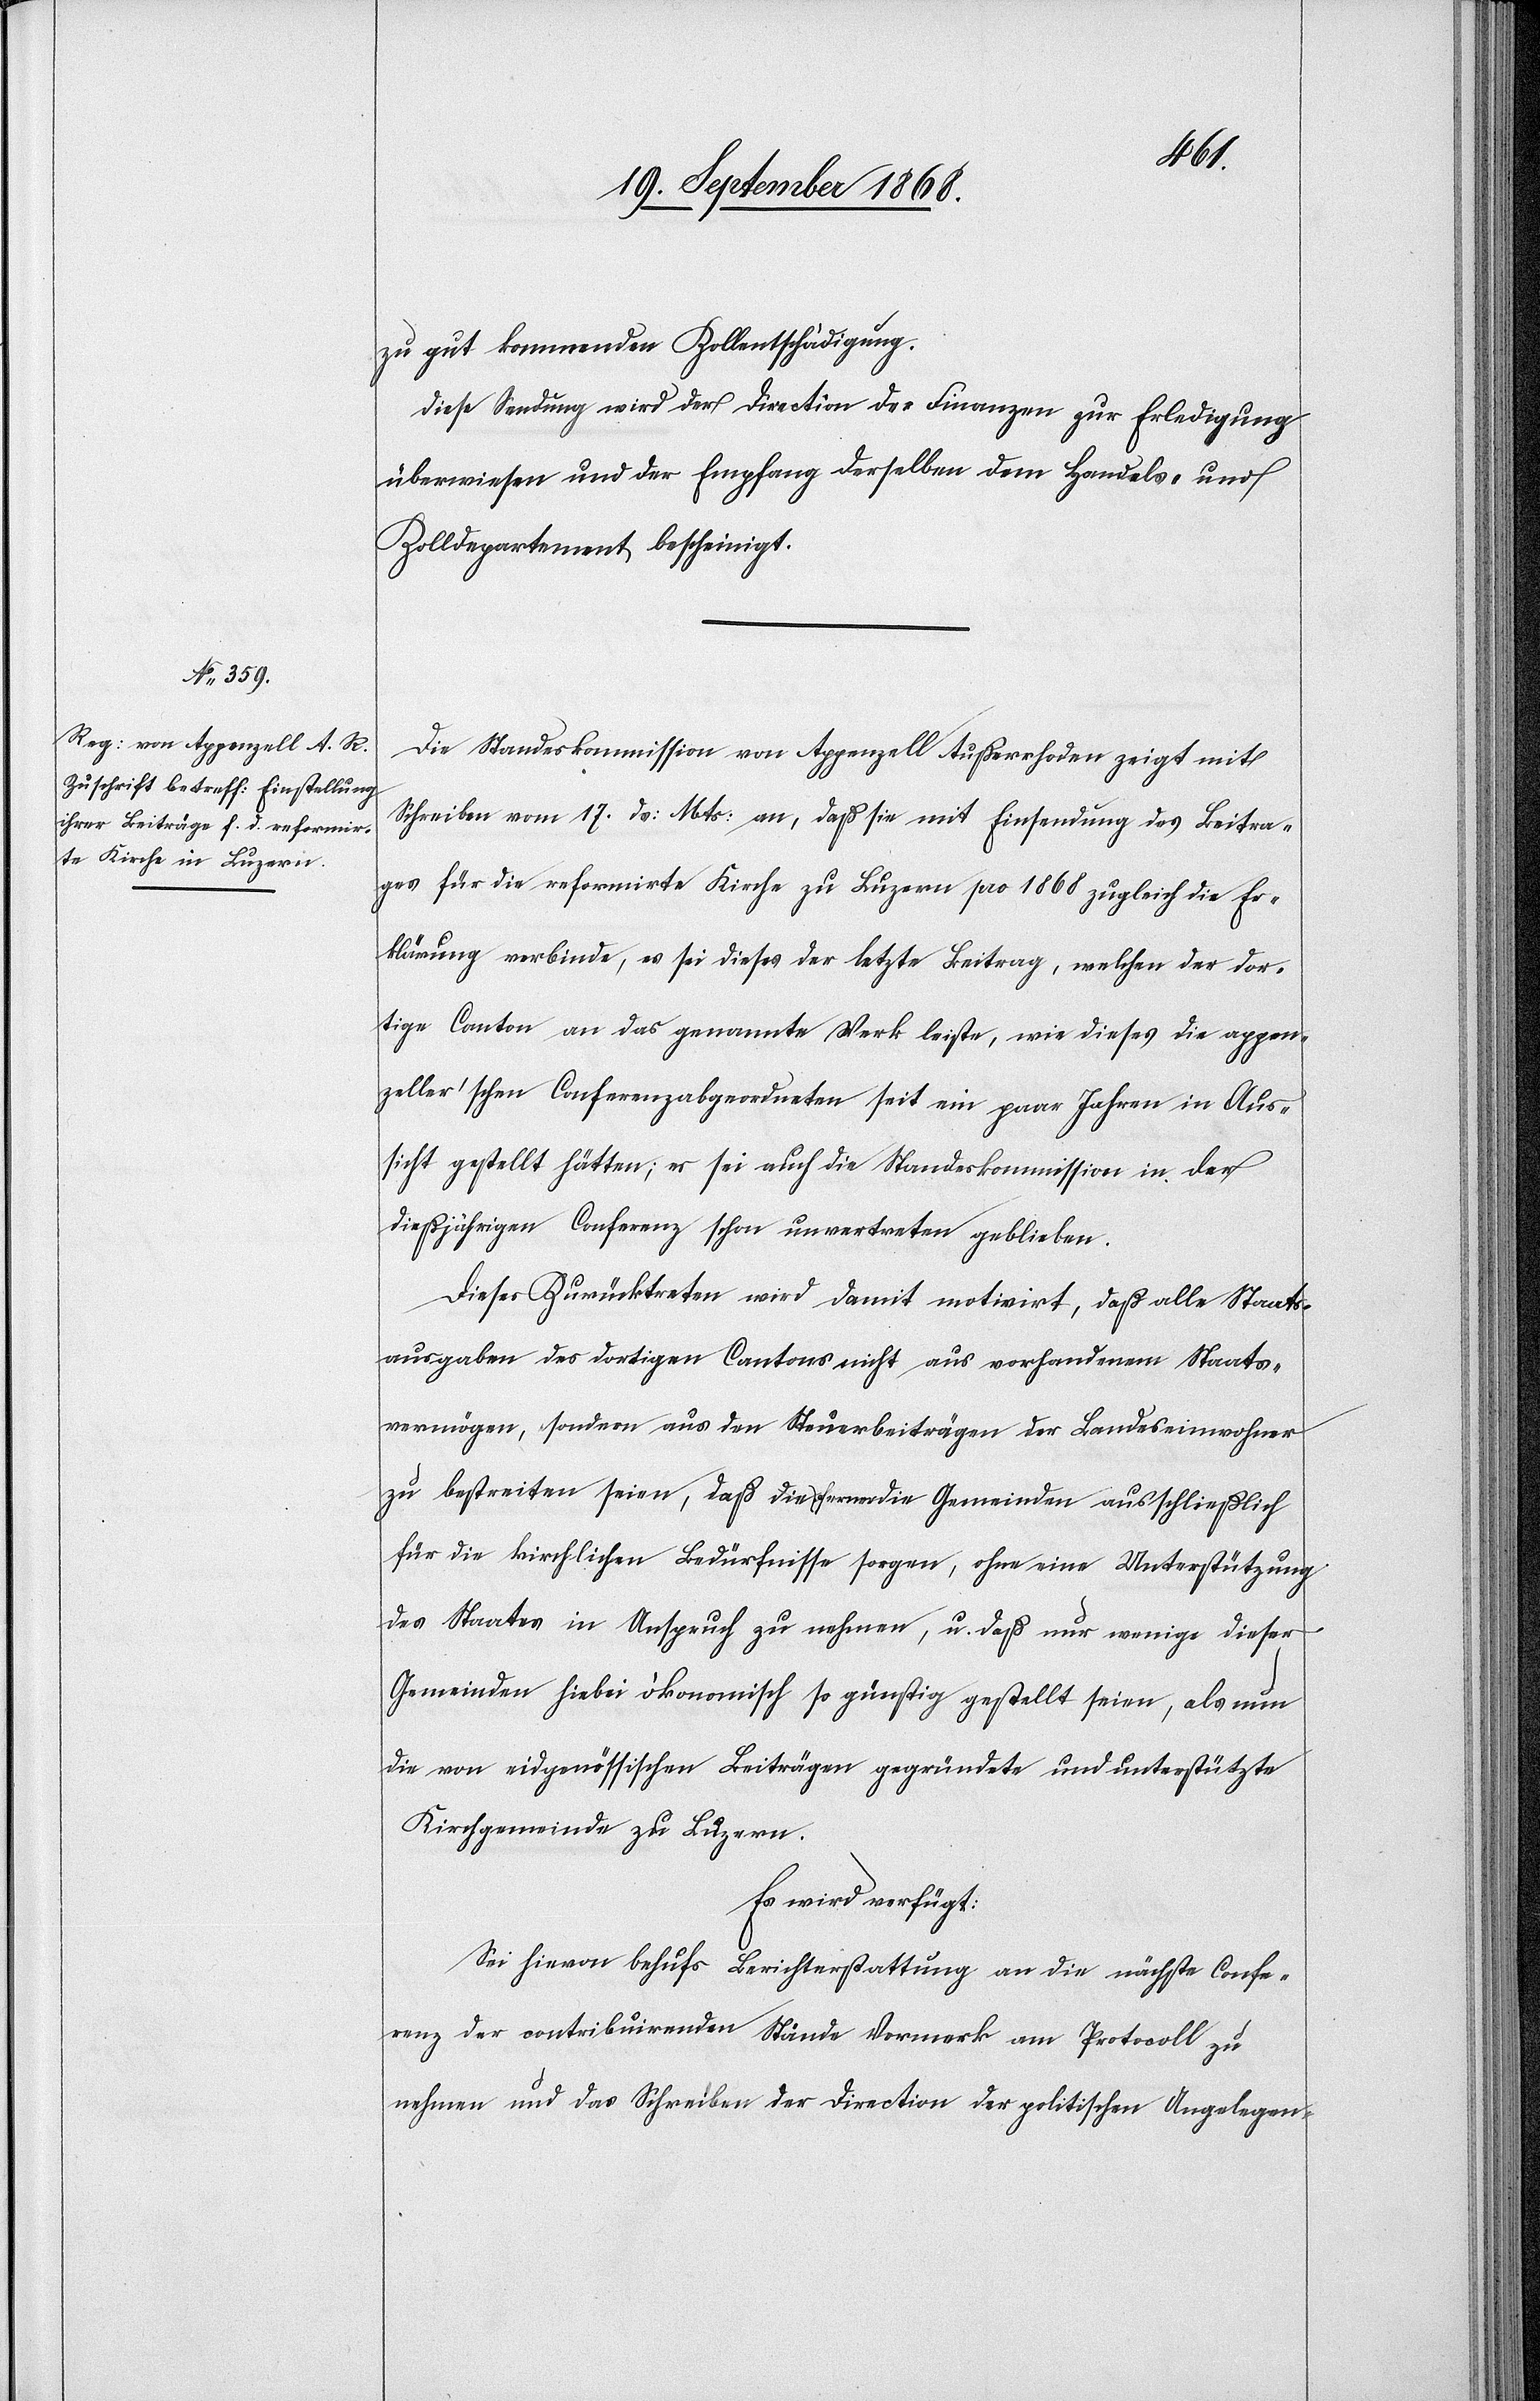
21. September 1868]
zu gut kommenden Zollentschädigung.
Diese Sendung wird der Direction der Finanzen zur Erledigung
überwiesen und der Empfang derselben dem Handels- und
Zolldepartement bescheinigt.
Die Standeskommission von Appenzell Außerrhoden zeigt mit
Schreiben vom 17. ds: Mts: an, daß sie mit Einsendung des Beitra¬
ges für die reformirte Kirche zu Luzern pro 1868 zugleich die Er¬
klärung verbinde, es sei dieses der letzte Beitrag, welchen der dor¬
tige Canton an das genannte Werk leiste, wie dieses die appen¬
zeller’schen Conferenzabgeordneten seit ein paar Jahren in Aus¬
sicht gestellt hätten; es sei auch die Standeskommission in der
dießjährigen Conferenz schon unvertreten geblieben.
Dieses Zurücktreten wird damit motivirt, daß alle Staats¬
ausgaben des dortigen Cantons nicht aus vorhandenem Staats¬
vermögen, sondern aus den Steuerbeiträgen der Landeseinwohner
zu bestreiten seien, daß a-die-a ferner die Gemeinden ausschließlich
für die kirchlichen Bedürfnisse sorgen, ohne eine Unterstützung
des Staates in Anspruch zu nehmen, u. daß nur wenige dieser
Gemeinden hiebei ökonomisch so günstig gestellt seien, als nun
die von eidgenössischen Beiträgen gegründete und unterstützte
Kirchgemeinde zu Luzern.
Es wird verfügt:
Sei hievon behufs Berichterstattung an die nächste Confe¬
renz der contribuirenden Stände Vormerk am Protocoll zu
nehmen und das Schreiben der Direction der politischen Angelegen-